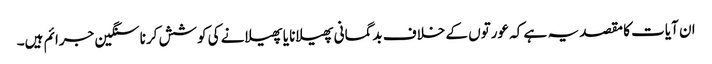
ان آیات کا مقصد یہ ہے کہ عورتوں کے خلاف بدگمانی پھیلانا یا پھیلانے کی کوشش کرنا سنگین جرائم ہیں۔